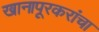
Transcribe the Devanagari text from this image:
खानापूरकरांचा